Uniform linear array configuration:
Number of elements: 4
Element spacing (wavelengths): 0.5
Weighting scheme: blackman
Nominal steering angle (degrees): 15
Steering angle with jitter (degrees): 15.469
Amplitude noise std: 0.05
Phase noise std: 0.05

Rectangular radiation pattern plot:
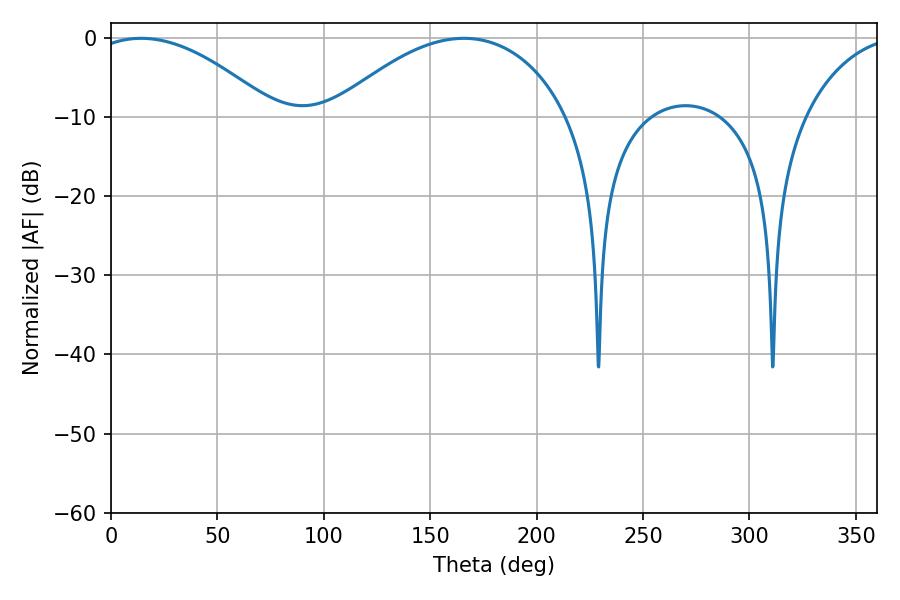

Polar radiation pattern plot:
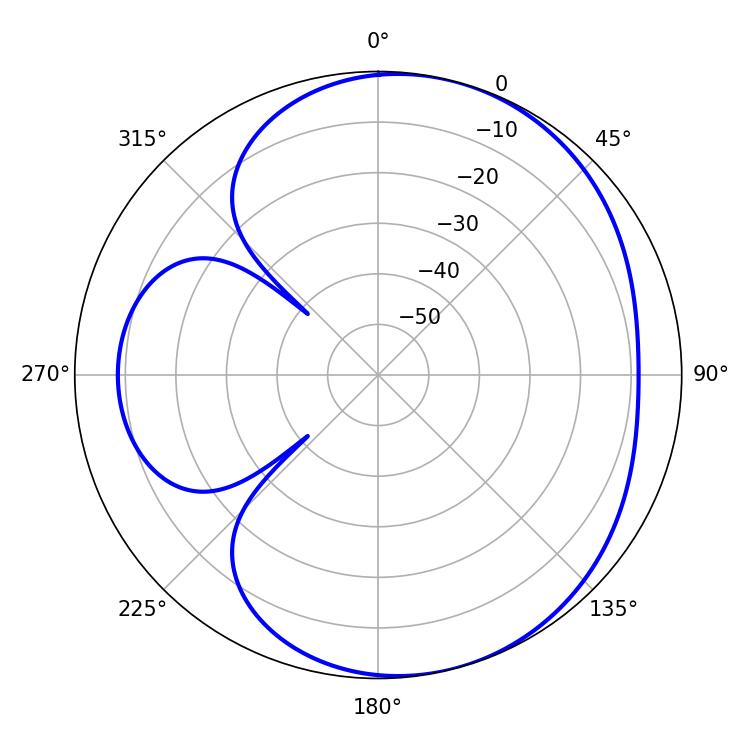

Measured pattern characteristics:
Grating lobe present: FALSE
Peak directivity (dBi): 5.077
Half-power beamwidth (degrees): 48.06
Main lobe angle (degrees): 14.22